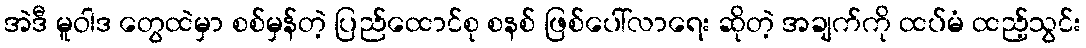
အဲဒီ မူဝါဒ တွေထဲမှာ စစ်မှန်တဲ့ ပြည်ထောင်စု စနစ် ဖြစ်ပေါ်လာရေး ဆိုတဲ့ အချက်ကို ထပ်မံ ထည့်သွင်း